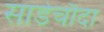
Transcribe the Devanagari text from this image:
साडेचौदा